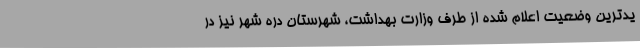
یدترین وضعیت اعلام شده از طرف وزارت بهداشت، شهرستان دره شهر نیز در